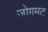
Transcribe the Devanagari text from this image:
जोगमट